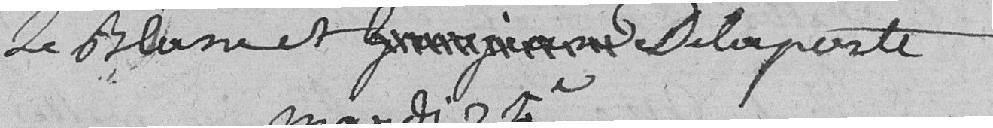
Leblanc et Delaporte